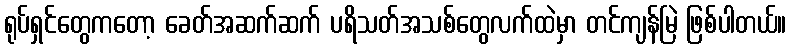
ရုပ်ရှင်တွေကတော့ ခေတ်အဆက်ဆက် ပရိသတ်အသစ်တွေလက်ထဲမှာ တင်ကျန်မြဲ ဖြစ်ပါတယ်။